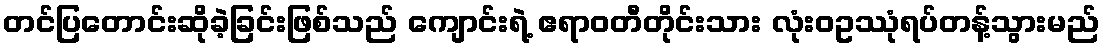
တင်ပြတောင်းဆိုခဲ့ခြင်းဖြစ်သည် ကျောင်းရဲ့ ဧရာဝတီတိုင်းသား လုံးဝဥဿုံရပ်တန့်သွားမည်